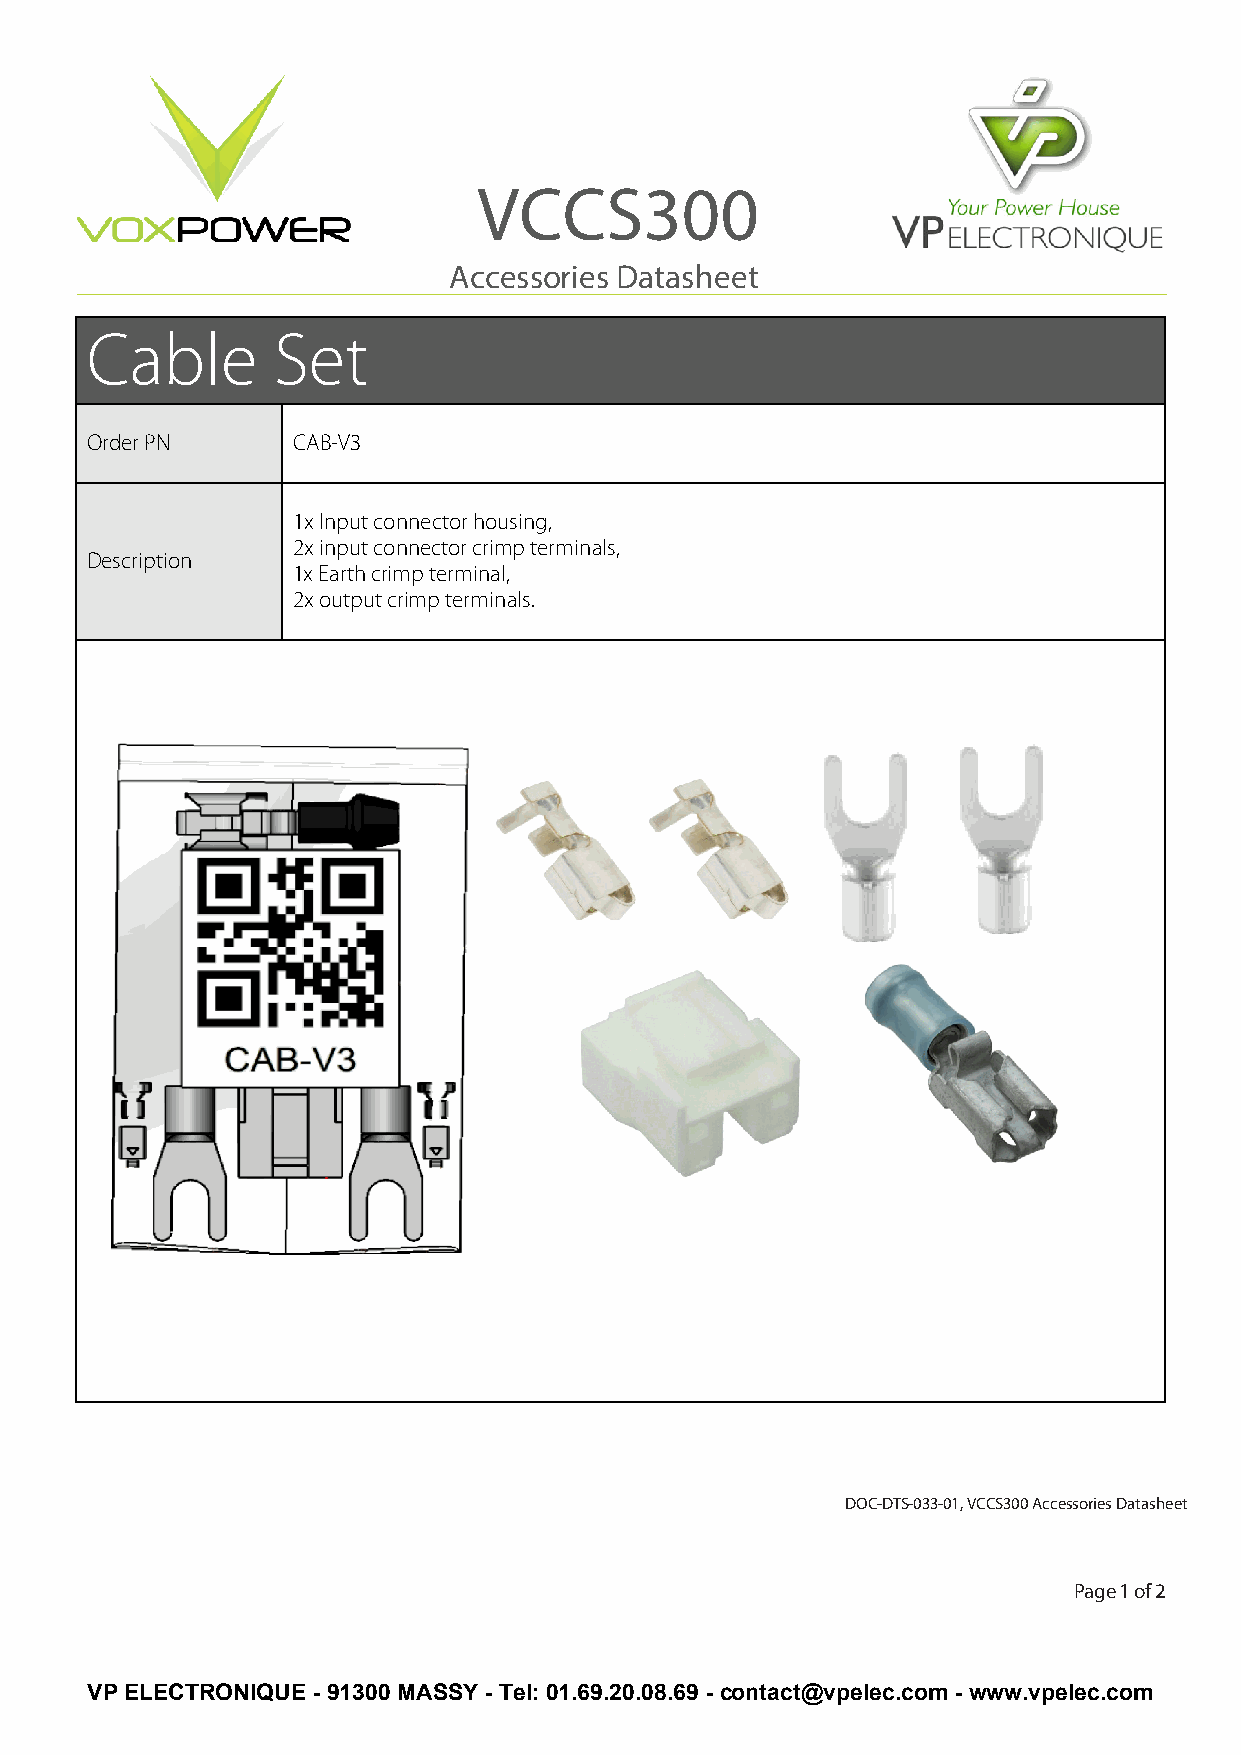
VCCS300
 Accessories Datashee t
 _______________________________________________________________________________________________
 Cable       Set
 Order PN     CAB-V3
 1x Input connector housing,
 2x input connector crimp terminals,
 Description
 1x Earth crimp terminal,
 2x output crimp terminals.
 DOC-DTS-033-01, VCCS300 Accessories Datashee t
 Page 1 of 2
 VP ELECTRONIQUE - 91300 MASSY - Tel: 01.69.20.08.69 - contact@vpelec.com - www.vpelec.com